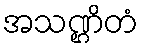
အသဏ္ဌိတံ